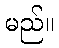
မည်။